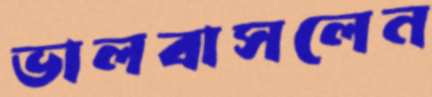
ভালবাসলেন